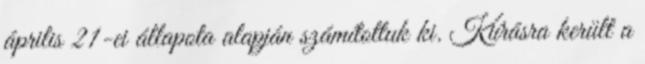
április 21-ei állapota alapján számítottuk ki. Kiírásra került a